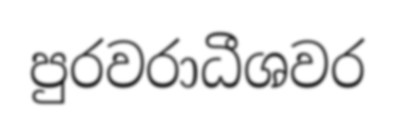
පුරවරාධීශවර